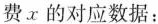
X的对应数据：